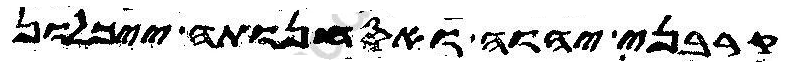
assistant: קרבני יהוה ואסחנותה ייכלון